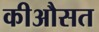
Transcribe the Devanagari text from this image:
कीऔसत